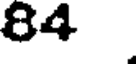
84